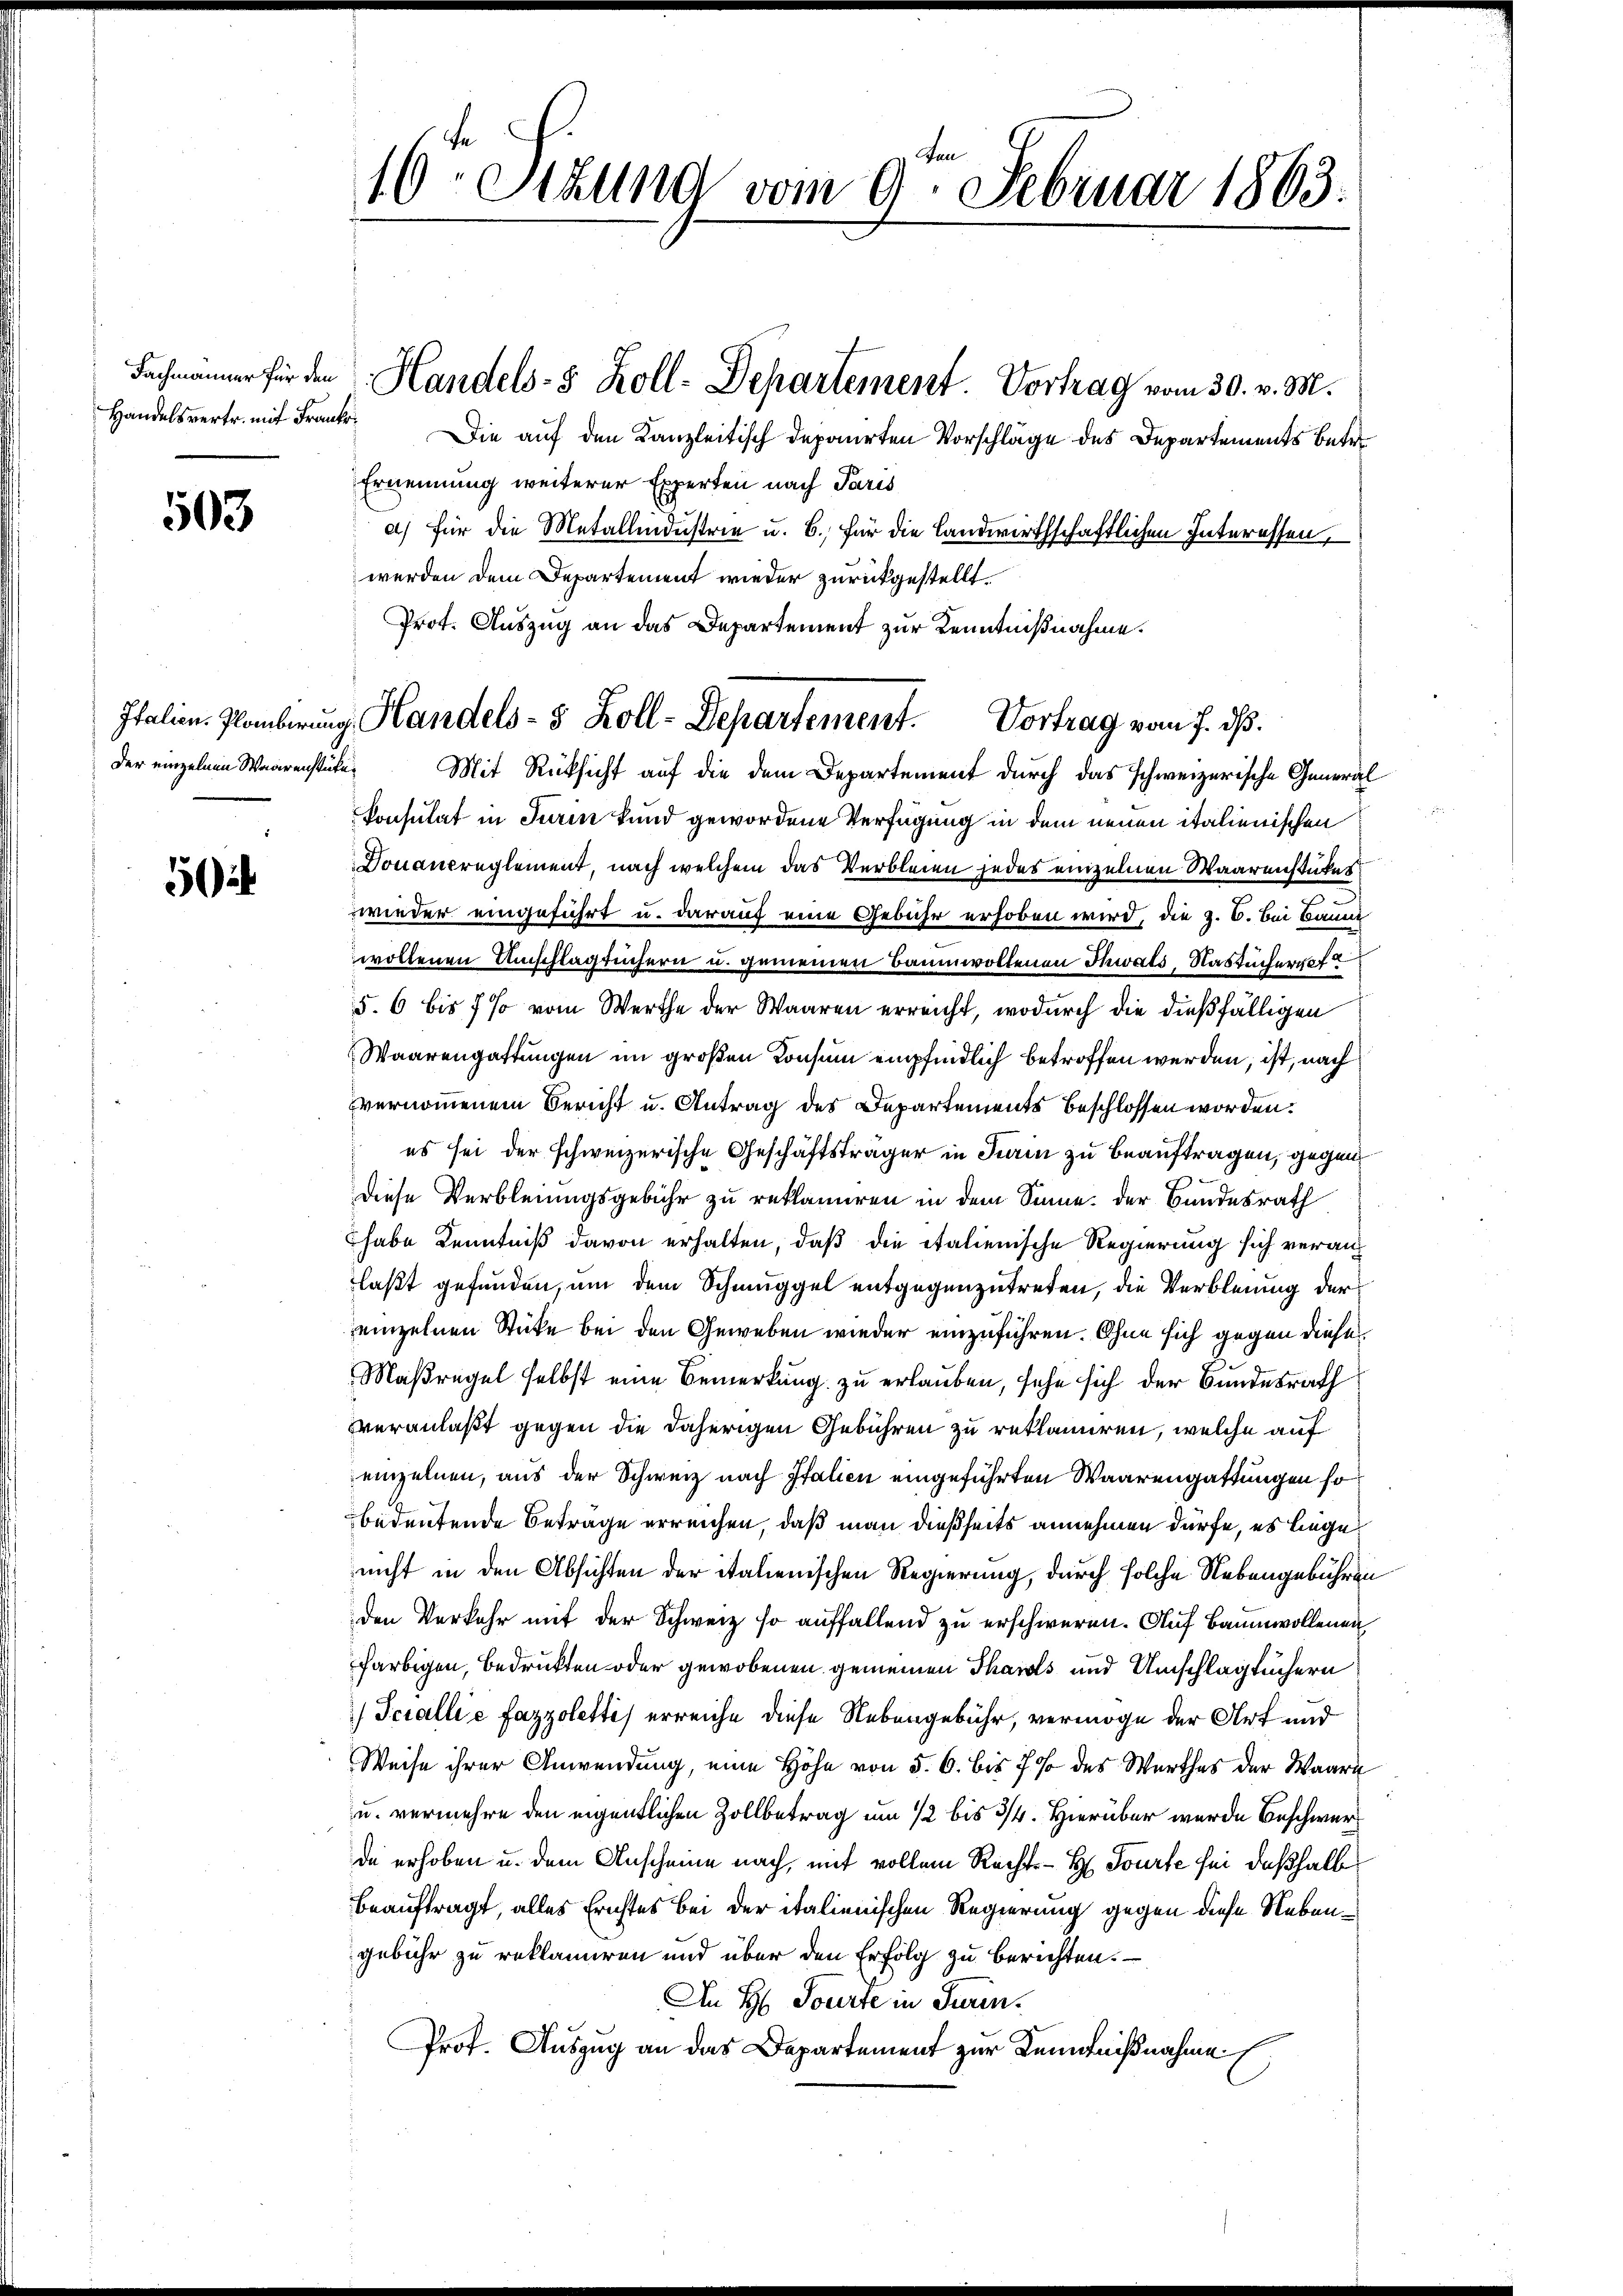
503

5

16 Sttung vom 9. Februar 1863.

Handelsvertr. mit Frank. Die auf den Kanzleitisch deponirten Vorschläge des Departements betr.
Ernennung weiterer Experten nach Paris
a) für die Metallendustrie u. 6. für die Landwirthschaftlichen Interessen,
werden dem Departement wieder zurückgestellt.
Prot. Auszug an das Departement zur Kenntnißnahme.
der einzelnen Waarenstücke. Mit Rücksicht auf die dem Departement durch das schweizerische General
Consulat in Turin kund gewordene Verfügung in dem neuen italienischen
Douancreglement, nach welchem das Verbleien jedes einzelnen Waarenstükes
e
wieder eingeführt u. darauf eine Gebühr erhoben wird, die z. B. Bei Baum
wollenen Umschlägtüchern u. gemeinen Baumwollenen Thwats-Nastucherhof
5. 6 bis 7 % vom Werthe der Waaren erreicht, wodurch die dießfälligen
Waarengattungen im großen Konsum empfindlich betroffen werden, ist, nach
vernommenem Bericht u. Antrag des Departements beschlossen worden.
es sei der schweizerische Geschäftsträger in Turin zu beauftragen, gegen
diese Verbleiungsgebühr zu reklamiren in dem Sinne. Der Bundesrath
habe Kenntniß davon erhalten, daß die italienische Regierung sich veran
laßt gefunden, um dem Schmuggel entgegenzutreten, die Verbleiung der
einzelnen Stücke bei den Geweben wieder einzuführen. Ohne sich gegen diese
Maßregel selbst eine Bemerkung zu erlauben, sehe sich der Bundesrath
veranlaßt gegen die daherigen Gebühren zu reklamiren, welche auf
einzelnen, aus der Schweiz nach Italien eingeführten Waarengattungen so
bedeutende Betrage erreichen, daß man dießseits annehmen dürfe, es liege
nicht in den Absichten der italienischen Regierung, durch solche Nebengebühren
den Verkehr mit der Schweiz so auffallend zu erschweren. Auf Baumwollenen
farbigen, bedrückten oder gewobenen gemeinen Thails und Umschlägtüchern
 Tciallié Fazzoletti) erreiche diese Nebengebühr, vermöge der Art und
Weise ihrer Anwendung, eine Höhe von §. 6. bis 7 % des Werthes der Waare
u. vermehre den eigentlichen Zollbetrag um 1/2 bis 3/4. Hierüber wurde Beschwerde erhoben u. dem Anscheine nach, mit vollem Rechts- H. Tourte sei deßhalb
beauftragt, alles Erichtes bei der italienischen Regierung gegen diese Nebengebühr zu reklamiren und über den Erfolg zu berichten.
An H. Tourte in Turin¬
Prof. Auszug an das Departement zur Kenntnißnahme

Fachmanner für den Handels-8 Koll-Departement. Vortrag vom 30. v. M.

Italien- Plaubirung Handels- 5 Zoll-Departement. Vortrag vom 7. ds.